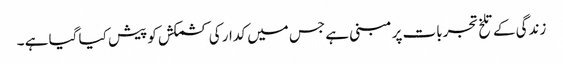
زندگی کے تلخ تجربات پر مبنی ہے جس میں کدار کی کشمکش کو پیش کیا گیا ہے ۔